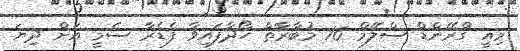
މިއީ ގްރޭންޑް ސްލޭމް 16 މުބާރާތް ހޯދާފައިވާ ފެޑެރާ ސެމީ އަށް ދިޔަ